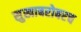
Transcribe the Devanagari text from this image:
सुखाबरोबरच